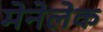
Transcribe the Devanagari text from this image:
मेनेलेक